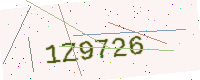
Text: 1Z9726